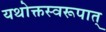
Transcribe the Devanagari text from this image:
यथोक्तस्वरूपात्‌